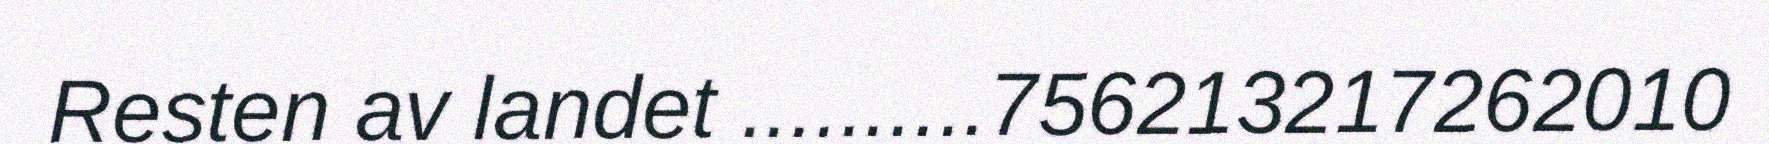
Resten av landet ..........756213217262010